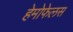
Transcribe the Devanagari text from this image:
हेमोफेलस